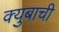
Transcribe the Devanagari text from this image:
क्युबाची